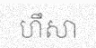
ហឹសា